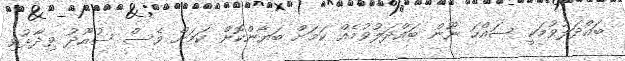
ބައްދަލުވުމަކީ ސައްހަ ނޫން ބައްދަލުވުމެއް ކަމަށް ބަޔާންކޮށް ކަމަށް ވެސް ސުއޫދު ވިދާޅުވި